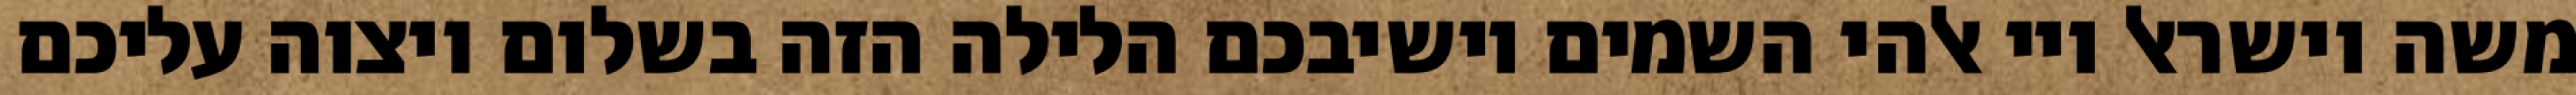
משה וישראל ויי אלהי השמים יושיבכם הלילה הזה בשלום ויצוה עליכם